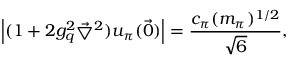
\left| ( 1 + 2 g _ { q } ^ { 2 } \vec { \bigtriangledown } ^ { 2 } ) u _ { \pi } ( \vec { 0 } ) \right| = \frac { c _ { \pi } ( m _ { \pi } ) ^ { 1 / 2 } } { \sqrt 6 } ,